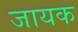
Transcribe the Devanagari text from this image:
जायक